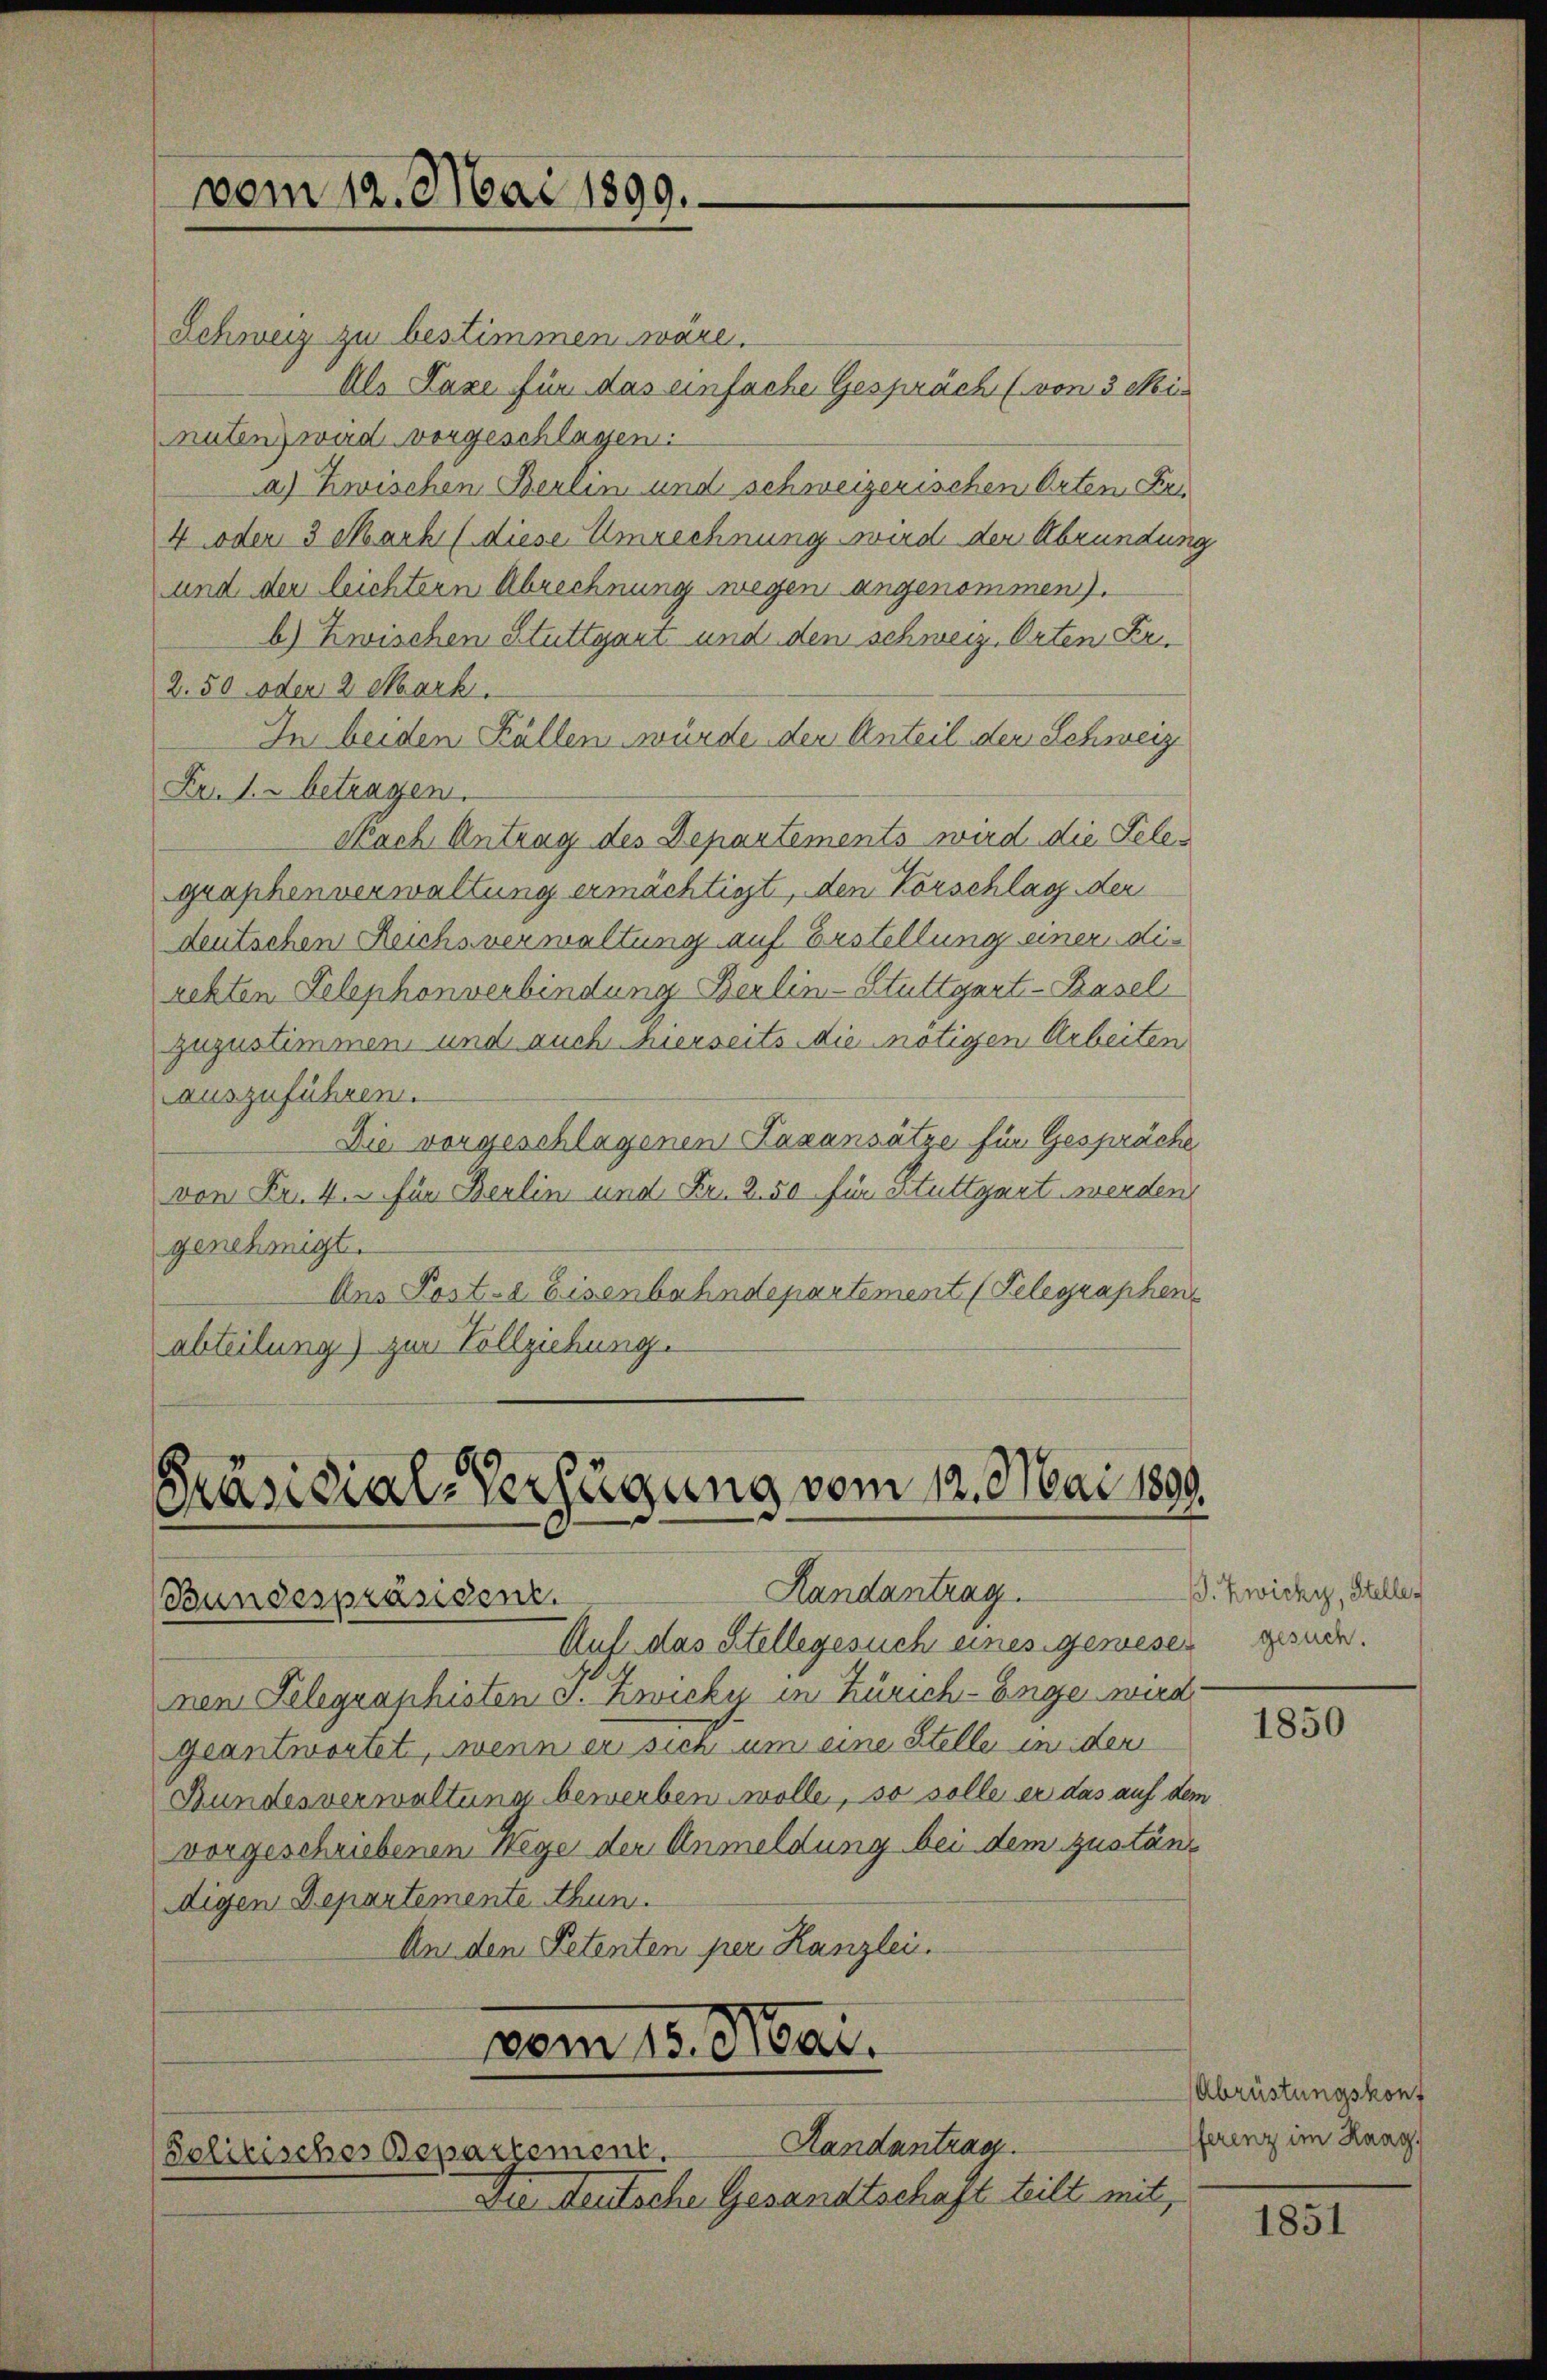
Schweiz zu bestimmen wäre.
Als Taxe für das einfache Gespräch (von 3 Minutenz wird vorgeschlagen.
a) Zwischen Berlin und schweizerischen Orten Fer
4 oder 3 Mach (diese Umrechnung wird der Abrundung
und der leichtern Abrechnung wegen angenommen).
b) Zwischen Stuttgart und den schweiz. Orten Fr.
2.50 oder 2 Mark
In beiden Fällen würde der Anteil den Schweiz
Fr. 12 betragen.
Nach Antrag des Departements wird die Telegraphenverwaltung ermächtigt, den Vorschlag der
deutschen Reichsverwaltung auf Erstellung einer die
rekten Telephonverbindung Berlin-Stuttgart-Basel
zuzustimmen, und auch hierseits die nötigen Arbeiten
auszuführen.
Die vorgeschlagenen Taxansätze für Gespräche
von Fr. 4. Für Berlin und Fr. 250 für Stuttgart werden
genehmigt.
Ans Post- & Eisenbahndepartement (Telegraphenabteilung) zur Vollziehung.

vom 12. Mai 1899.

Präsidial-Verfügung vom 12. Mai 1890
Handantrag
Bundespräsident.

em 15. Mai.
Solitisches Departement.

nen Gelegraphisten v. Zwicky in Zürich-Enge wird.
geantwortet, wenn er sich um eine Stelle in der
Bundesverwaltung bewerben wolle, so solle er das auf dem
vorgeschriebenen Wege der Anmeldung bei dem zuständigen Departemente thun.
An den Petenten per Kanzlei.

Handantrag.
Die deutsche Gesandtschaft teilt mit,

Auf das Stellegesuch eines gewesen

. Zwicky, Stelle
gesuch.

1850

Abrüstungskonf
fferenz im Haag,

1851